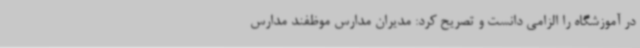
در آموزشگاه را الزامی دانست و تصریح کرد: مدیران مدارس موظفند مدارس